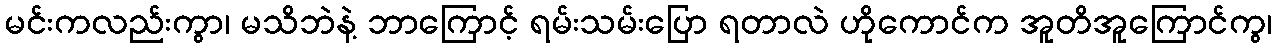
မင်းကလည်းကွာ၊ မသိဘဲနဲ့ ဘာကြောင့် ရမ်းသမ်းပြော ရတာလဲ ဟိုကောင်က အူတိအူကြောင်ကွ၊